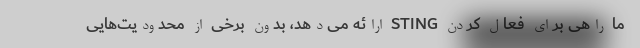
ما راهی برای فعال کردن STING ارائه می‌دهد، بدون برخی از محدودیت‌هایی